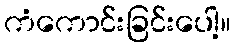
ကံကောင်းခြင်းပေါ့။